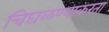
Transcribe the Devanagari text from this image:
चिघळण्याकरता